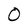
Character: O